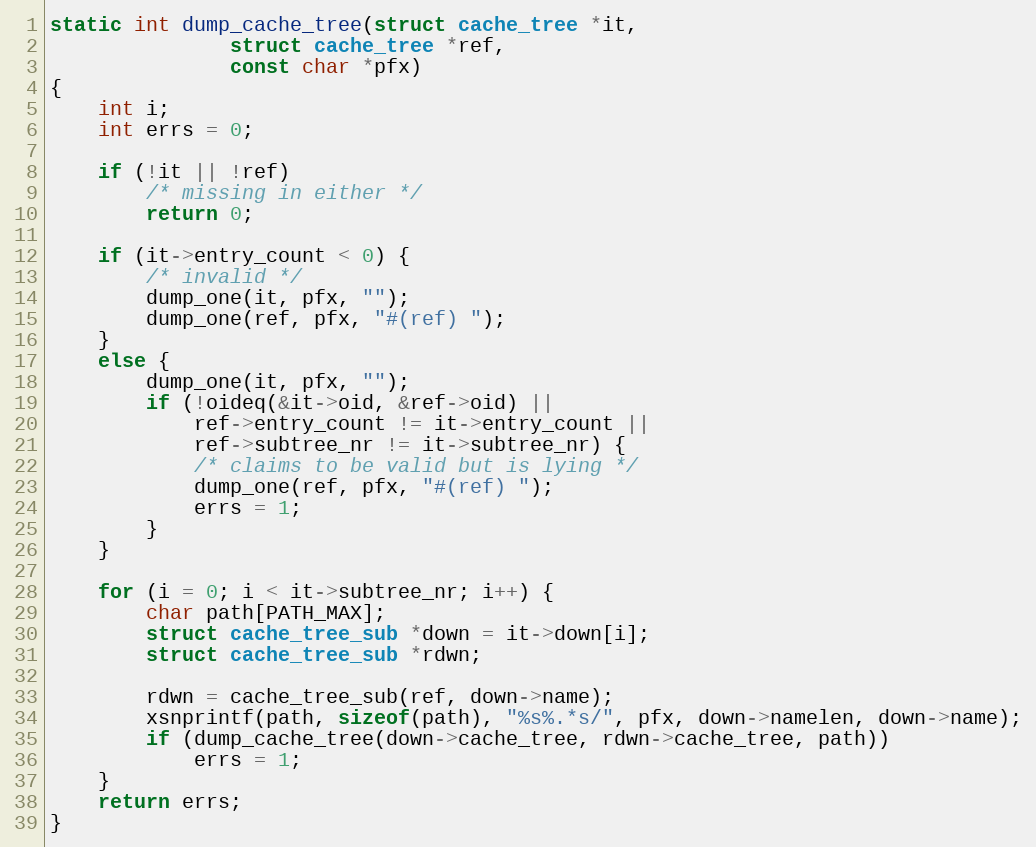
Language: C
static int dump_cache_tree(struct cache_tree *it,
			   struct cache_tree *ref,
			   const char *pfx)
{
	int i;
	int errs = 0;

	if (!it || !ref)
		/* missing in either */
		return 0;

	if (it->entry_count < 0) {
		/* invalid */
		dump_one(it, pfx, "");
		dump_one(ref, pfx, "#(ref) ");
	}
	else {
		dump_one(it, pfx, "");
		if (!oideq(&it->oid, &ref->oid) ||
		    ref->entry_count != it->entry_count ||
		    ref->subtree_nr != it->subtree_nr) {
			/* claims to be valid but is lying */
			dump_one(ref, pfx, "#(ref) ");
			errs = 1;
		}
	}

	for (i = 0; i < it->subtree_nr; i++) {
		char path[PATH_MAX];
		struct cache_tree_sub *down = it->down[i];
		struct cache_tree_sub *rdwn;

		rdwn = cache_tree_sub(ref, down->name);
		xsnprintf(path, sizeof(path), "%s%.*s/", pfx, down->namelen, down->name);
		if (dump_cache_tree(down->cache_tree, rdwn->cache_tree, path))
			errs = 1;
	}
	return errs;
}